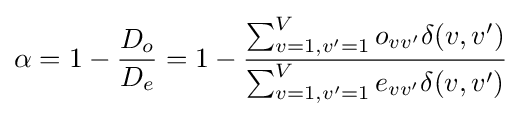
\alpha =1-{\frac {D_{o}}{D_{e}}}=1-{\frac {\sum _{v=1,v'=1}^{V}o_{vv'}\delta (v,v')}{\sum _{v=1,v'=1}^{V}e_{vv'}\delta (v,v')}}